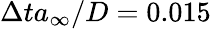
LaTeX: \Delta ta_{\infty}/D=0.015